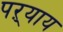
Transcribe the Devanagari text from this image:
पऱ्याय